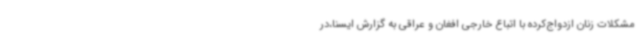
مشکلات زنان ازدواج‌کرده با اتباع خارجی افغان و عراقی به گزارش ایسنا،در